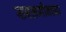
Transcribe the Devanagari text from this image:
सबक्तगीनच्या